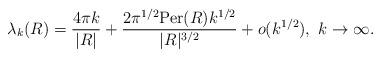
LaTeX: \begin{align*}\lambda_k(R)=\frac{4\pi k}{|R|}+\frac{2\pi^{1/2}\textup{Per}(R)k^{1/2}}{|R|^{3/2}}+o(k^{1/2}),\ k \rightarrow \infty.\end{align*}